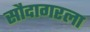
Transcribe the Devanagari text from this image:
सौदागरला